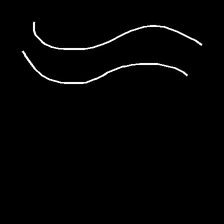
Glyph: float